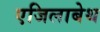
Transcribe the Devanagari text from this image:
एजिलाबेथ